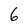
Character: 6